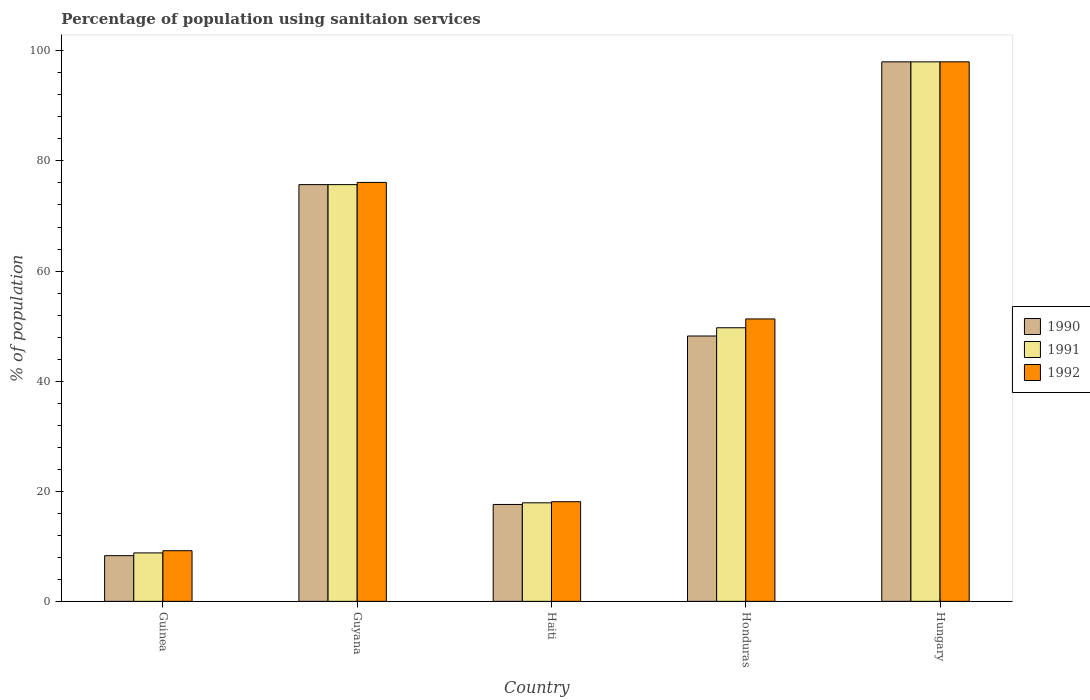
| Country | 1990 | 1991 | 1992 |
 | --- | --- | --- | --- |
 | Guinea | 8.3 | 8.8 | 9.2 |
 | Guyana | 75.7 | 75.7 | 76.1 |
 | Haiti | 17.6 | 17.9 | 18.1 |
 | Honduras | 48.2 | 49.7 | 51.3 |
 | Hungary | 98 | 98 | 98 |